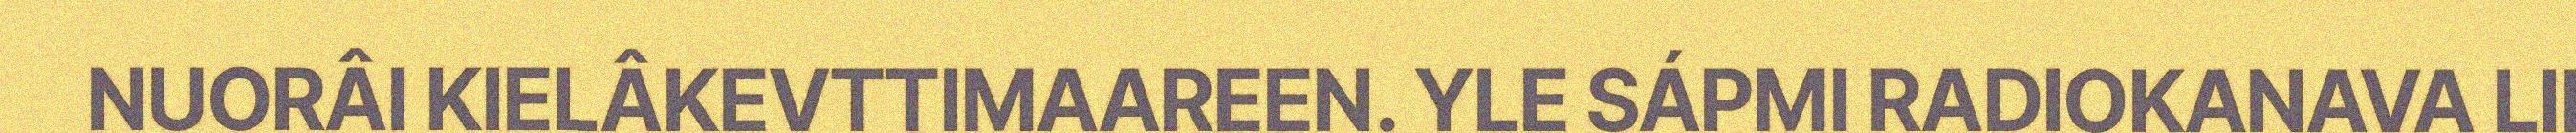
NUORÂI KIELÂKEVTTIMAAREEN. YLE SÁPMI RADIOKANAVA LII